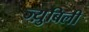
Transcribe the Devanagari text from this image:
ज्य़ुबिली